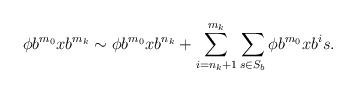
LaTeX: \begin{align*}\phi b^{m_0}xb^{m_k}\sim\phi b^{m_0}xb^{n_k}+\sum_{i=n_k+1}^{m_k}\sum_{s\in S_b}\phi b^{m_0}xb^{i}s.\end{align*}